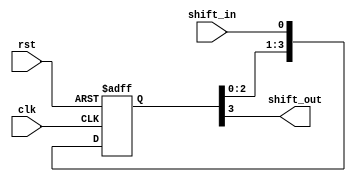
module shift_register (
    input wire clk,
    input wire rst,
    input wire shift_in,
    output reg shift_out
);

reg [3:0] stages;

always @(posedge clk or posedge rst) begin
    if (rst) begin
        stages <= 4'b0;
    end else begin
        stages <= {stages[2:0], shift_in};
    end
end

assign shift_out = stages[3];

endmodule